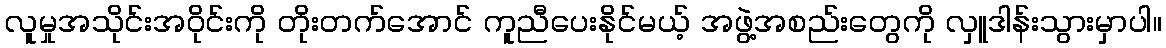
လူမှုအသိုင်းအဝိုင်းကို တိုးတက်အောင် ကူညီပေးနိုင်မယ့် အဖွဲ့အစည်းတွေကို လှူဒါန်းသွားမှာပါ။